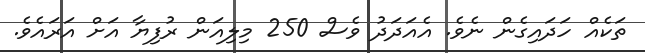
ތަކެއް ހަދައިގެން ނެވެ. އެއަދަދު ވެސް 250 މިލިއަން ރުފިޔާ އަށް އަރައެވެ.